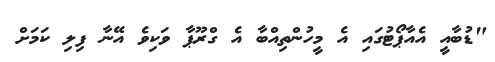
"ޑުބާއީ އެއާޕޯޓުގައި އެ މީހުންތިއްބާ އެ ގްރޫޕާ ވަކިވެ އޭނާ ފިލި ކަމަށް